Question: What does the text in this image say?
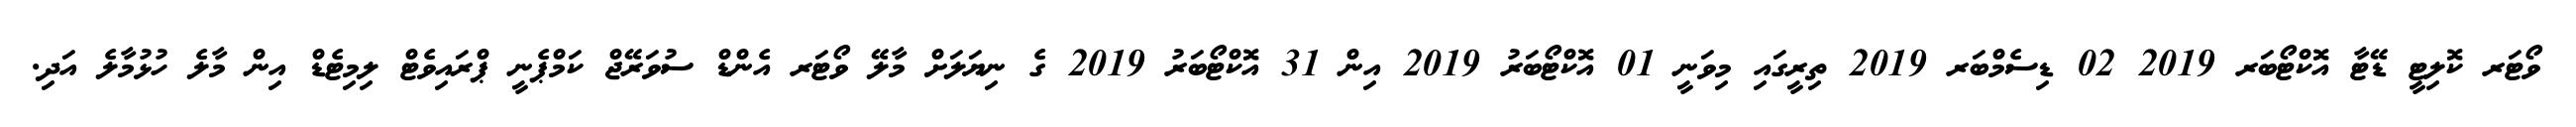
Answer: ވޯޓަރ ކޮލިޓީ ޑޭޓާ އޮކްޓޯބަރ 2019 02 ޑިސެމްބަރ 2019 ތިރީގައި މިވަނީ 01 އޮކްޓޯބަރު 2019 އިން 31 އޮކްޓޯބަރު 2019 ގެ ނިޔަލަށް މާލޭ ވޯޓަރ އެންޑް ސުވަރޭޖް ކަމްޕެނީ ޕްރައިވެޓް ލިމިޓެޑް އިން މާލެ ހުޅުމާލެ އަދި.